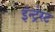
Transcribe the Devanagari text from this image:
इंन्ट्रेस्ट